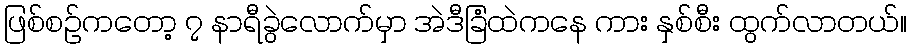
ဖြစ်စဉ်ကတော့ ၇ နာရီခွဲလောက်မှာ အဲဒီခြံထဲကနေ ကား နှစ်စီး ထွက်လာတယ်။